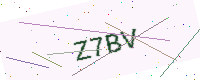
Text: Z7BV